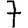
Digit: 7